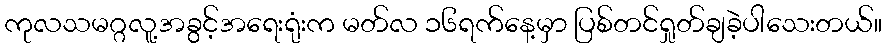
ကုလသမဂ္ဂလူ့အခွင့်အရေးရုံးက မတ်လ ၁၆ရက်နေ့မှာ ပြစ်တင်ရှုတ်ချခဲ့ပါသေးတယ်။